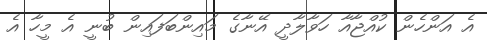
އެ އަންހެން ކުއްޖާއާ ހަވާލާދީ އޭނާގެ މައިންބަފައިން ބުނީ އެ މީހާ އެ